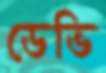
ডেভি